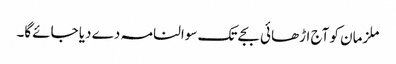
ملزمان کو آج اڑھائی بجے تک سوالنامہ دے دیا جائےگا۔